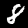
Digit: 8